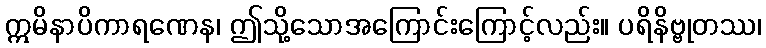
ဣမိနာပိကာရဏေန၊ ဤသို့သောအကြောင်းကြောင့်လည်း။ ပရိနိဗ္ဗုတဿ၊